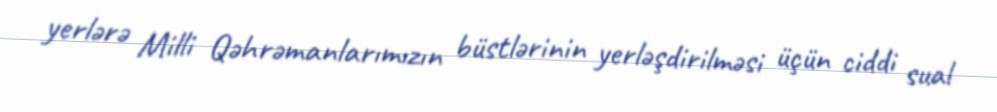
yerlərə Milli Qəhrəmanlarımızın büstlərinin yerləşdirilməsi üçün ciddi sual